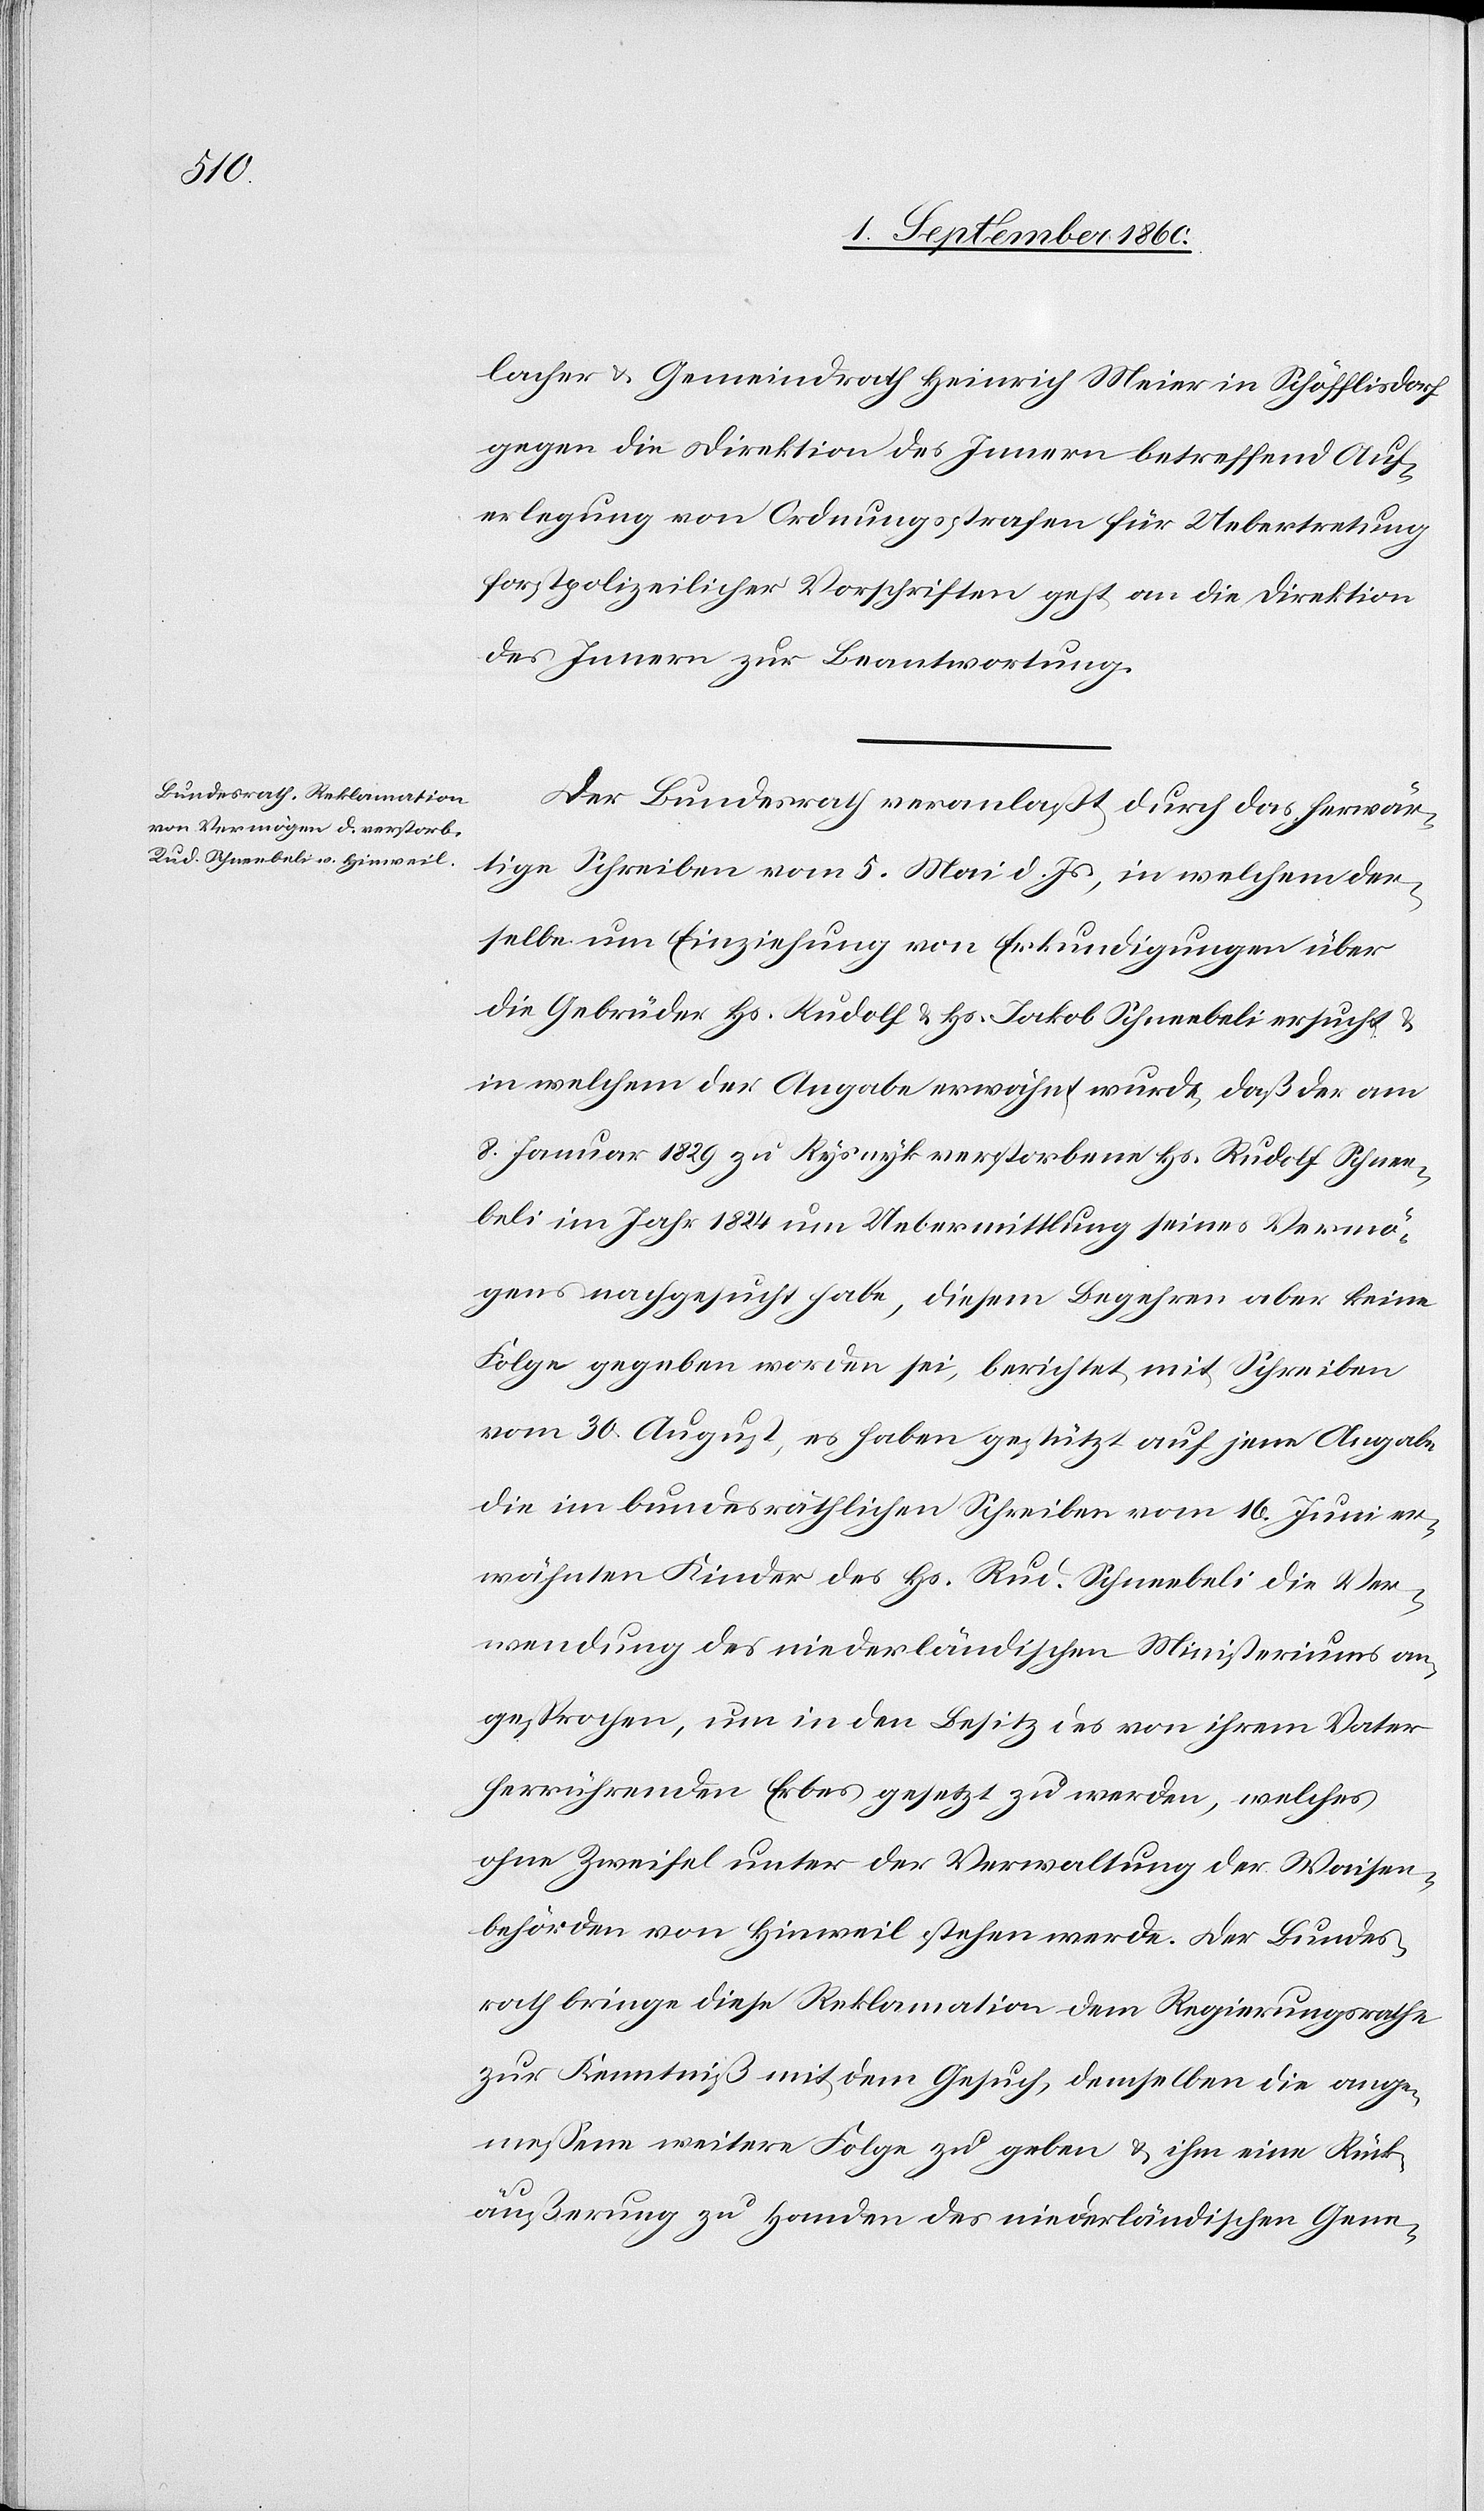
3. September 1860.]
gegen die Direktion des Innern, betreffend Auf¬
erlegung von Ordnungsstrafen für Uebertretung
forstpolizeilicher Vorschriften geht an die Direktion
des Innern zur Beantwortung.
Der Bundesrath veranlasst durch das herwär¬
tige Schreiben vom 5. Mai d. Js. in welchem der¬
selbe um Einziehung von Erkundigungen über
die Gebrüder Hs. Rudolf u. Hs. Jakob Schneebeli ersucht u.
in welche in der Angabe erwähnt wurde, dass der am
8. Januar 1829 zu Ryswyk verstorbene Hs. Rudolf Schnee¬
beli im Jahr 1824 um Uebermittlung seines Vermö¬
gens nachgesucht habe, diesem Begehren aber keine
Folge gegeben worden sei, berichtet mit Schreiben
vom 30. August, es haben gestützt auf jene Angabe
die im bundesräthlichen Schreiben vom 16. Juni er¬
wähnten Kinder des Hs. Rud. Schneebeli die Ver¬
wendung des niederländischen Ministeriums an¬
gesprochen, um in den Besitz des von ihrem Vater
herrührenden Erbes gesetzt zu werden, welches
ohne Zweifel unter der Verwaltung der Waisen¬
behörde von Hinweil stehen werde. Der Bundes¬
rath bringe diese Reklamation dem Regierungsrathe
zur Kenntniss mit dem Gesuch, demselben die ange¬
messene weitere Folge zu geben u. ihm eine Rück¬
äusserung zu Handen des Niederländischen Gene-